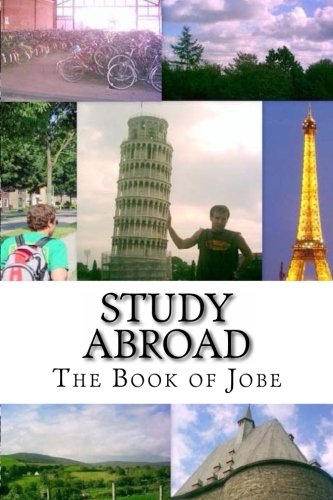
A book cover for Study Abroad:  The Book of Jobe; Jobe David Leonard; Travel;